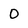
Character: O